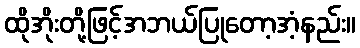
ထိုအိုးတို့ဖြင့်အဘယ်ပြုတော့အံ့နည်း။